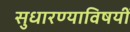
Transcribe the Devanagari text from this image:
सुधारण्याविषयीं